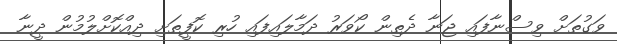
ވަގުތަށް ވިސްނާފައި ޖަނާ ދެތިން ކޯވަރު ދަމާލައިފައި ހުރި ކޮފީތަށި ދިއްކޮށްލުމުން ދީނާ